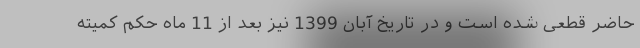
حاضر قطعی شده است و در تاریخ آبان 1399 نیز بعد از 11 ماه حکم کمیته